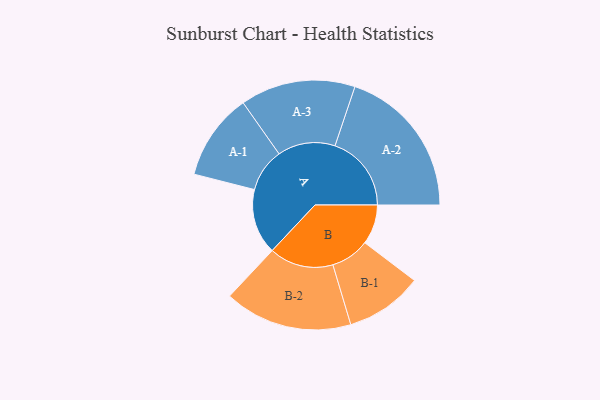
{"axis": {"x": "Segment", "y": "Value"}, "legend": ["", "A", "B"], "data": [{"x": "A", "y": 250, "type": ""}, {"x": "B", "y": 152, "type": ""}, {"x": "A-1", "y": 166, "type": "A"}, {"x": "A-2", "y": 292, "type": "A"}, {"x": "A-3", "y": 220, "type": "A"}, {"x": "B-1", "y": 148, "type": "B"}, {"x": "B-2", "y": 245, "type": "B"}]}